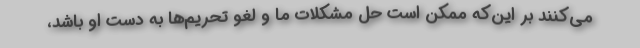
می‌کنند بر این‌که ممکن است حل مشکلات ما و لغو تحریم‌ها به دست او باشد،